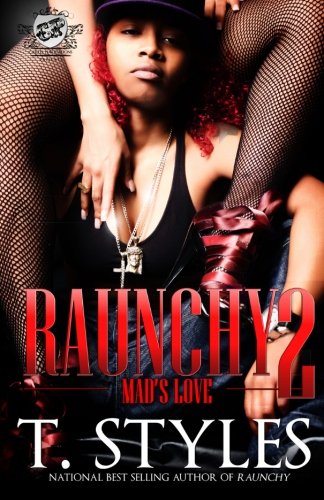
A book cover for Raunchy 2: Mad's Love (The Cartel Publications Presents); T Styles; Literature & Fiction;